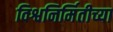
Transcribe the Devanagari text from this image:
विश्वनिर्मितीच्या